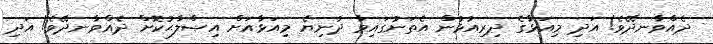
ދެއްވާނދޭވެ! އަދި މިއަޅާގެ ދިރިއުޅުން އެތަނުގައިވާ ދުނިޔެ މިއަޅާއަށް އިޞްލާޙުކޮށް ދެއްވާނދޭވެ! އަދި